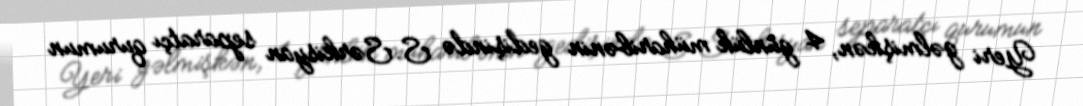
Yeri gəlmişkən, 4 günlük müharibənin gedişində S.Sərkisyan separatçı qurumun